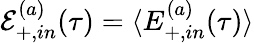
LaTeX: \mathcal{E}_{+,in}^{(a)}(\tau)=\langle E_{+,in}^{(a)}(\tau)\rangle